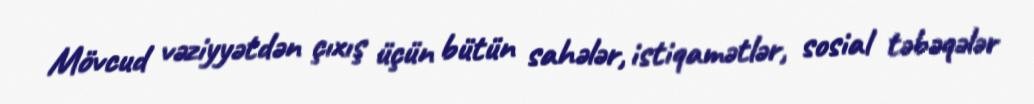
Mövcud vəziyyətdən çıxış üçün bütün sahələr, istiqamətlər, sosial təbəqələr